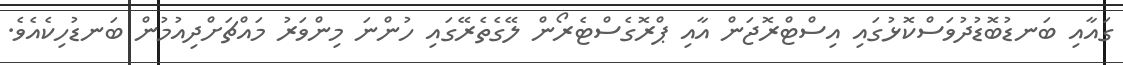
ގައާއި ބަނޑުބޮޑުދުވަސްކޮޅުގައި އިސްޓްރޮޖަން އާއި ޕްރޮގެސްޓެރޯން ލޭގެތެރޭގައި ހުންނަ މިންވަރު މައްޗަށްދިއުމުން ބަނޑުހިކެއެވެ.